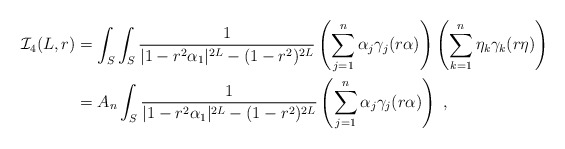
\begin{align*} \mathcal I_4(L,r)&=\int_S\int_S \frac{1}{|1-r^2\alpha_1|^{2L}-(1-r^2)^{2L}}\left(\sum_{j=1}^n \alpha_j \gamma_j(r\alpha)\right) \left(\sum_{k=1}^n \eta_k \gamma_k(r\eta)\right)\\ &=A_n \int_S \frac{1}{|1-r^2\alpha_1|^{2L}-(1-r^2)^{2L}}\left(\sum_{j=1}^n \alpha_j \gamma_j(r\alpha)\right)\ ,\end{align*}